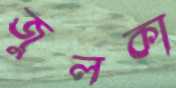
জুলকা